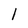
Character: l